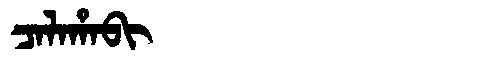
Manchu: ᠴᠠᠯᠠᡥᠠᠪᡳ
Romanization: CALAHABI